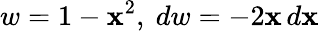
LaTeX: w=1-\mathbf{x}^{2},\ dw=-2\mathbf{x}\, d\mathbf{x}